Vaccination North-Western Provinces and Oudh 1896-1901 - 1896-1901
Year: 1896
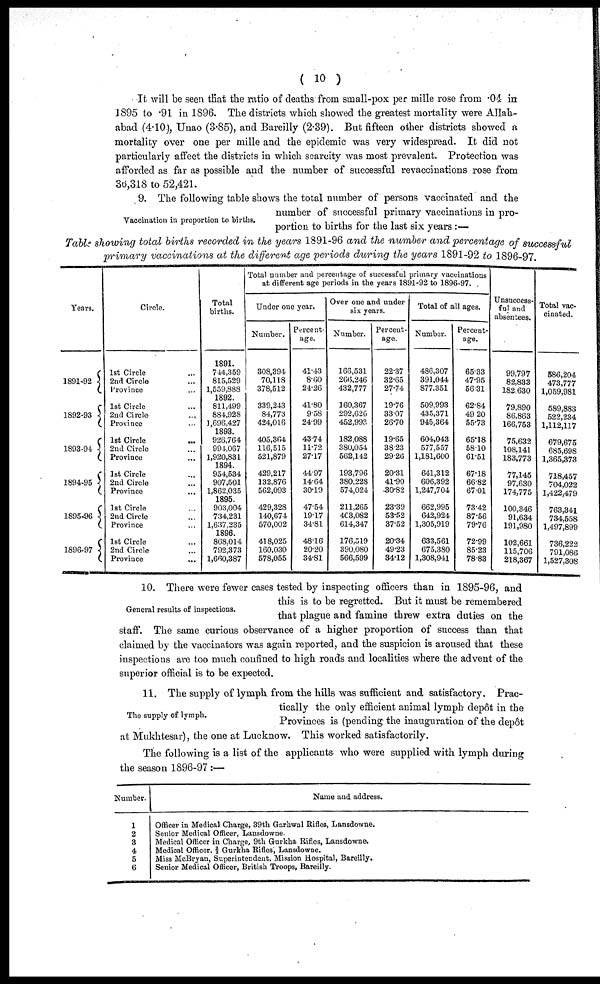
( 10 )
It will be seen that the ratio of deaths from small-pox per mille rose from .04 in
1895 to .91 in 1896. The districts which showed the greatest mortality were Allah-
abad (4.10), Unao (3.85), and Bareilly (2.39). But fifteen other districts showed a
mortality over one per mille and the epidemic was very widespread. It did not
particularly affect the districts in which scarcity was most prevalent. Protection was
afforded as far as possible and the number of successful revaccinations rose from
36, 318 to 52,421.
Vaccination in proportion to births.
9. The following table shows the total number of persons vaccinated and the
number of successful primary vaccinations in pro-
portion to births for the last six years :—
Table showing total births recorded in the years 1891-96 and the number and percentage of successful
primary vaccinations at the different age periods during the years 1891-92 to 1896-97
Years.
1891-92
1892-93
1893-94
1894-95
1895-96
1896-97
Circle.
1st Circle ...
2nd Circle ...
Province ...
1st Circle ...
2nd Circle ...
Province ...
1st Circle
...
2nd Circle ...
Province ...
1st Circle ...
2nd Circle ...
Province ...
1st Circle ...
2nd Circle ...
Province ...
1st Circle ...
2nd Circle ...
Province
...
Total
births.
1891.
744,359
815,529
1,559,888
1892.
811,499
884,928
1,696,427
1893.
926,764
994,067
1,920,831
1894.
954,534
907,501
1,862,035
1895.
903,004
734,231
1,637,235
1896.
868,014
792,373
1,660,387
Total number and percentage of successful primary vaccinations
at different age periods in the years 1891-92 to 1896-97.
Under one year.
Number.
308,394
70,118
378,512
339,243
84,773
424,016
405,364
116,515
521,879
429,217
132,876
562,093
429,328
140,674
570,002
418,025
160,030
578,055
Percent-
age.
41.43
8.60
24.26
41.80
9.58
24.99
43.74
11.72
27.17
44.97
14.64
30.19
47.54
19.17
34.81
48.16
20.20
34.81
Over one and under
six years.
Number.
166,531
266,246
432,777
160,367
292,626
452,993
182,088
380,054
562,142
193,796
380,228
574,024
211,265
403,082
614,347
176,519
390,080
566,599
Percent-
age.
22.37
32.65
27.74
19.76
33.07
26.70
19.65
38.23
29.26
20.31
41.90
30.82
23.39
53.52
37.52
20.34
49.23
34.12
Total of all ages.
Number.
486,307
391,044
877,351
509,993
435,371
945,364
604,043
577,557
1,181,600
641,312
606,392
1,247,704
662,995
642,924
1,305,919
633,561
675,380
1,308,941
Percent-
age.
65.33
47.95
56.31
62.84
49.20
55.73
65.18
58.10
61.51
67.18
66.82
67.01
73.42
87.56
79.76
72.99
85.23
78.83
Unsuccess-
ful and
absentees.
99,797
82,833
182,630
79,890
86,863
166,753
75,632
108,141
183,773
77,145
97,630
174,775
100,346
91,634
191,980
102,661
115,706
218,367
Total vac-
cinated.
586,204
473,777
1,059,981
589,883
522,234
1,112, 117
679,675
685,698
1,365,373
718,457
704,022
1,422,479
763,341
734,558
1,497,899
736,222
791,086
1,527,308
General results of inspections.
10. There were fewer cases tested by inspecting officers than in 1895-96, and
this is to be regretted. But it must be remembered
that plague and famine threw extra duties on the
staff. The same curious observance of a higher proportion of success than that
claimed by the vaccinators was again reported, and the suspicion is aroused that these
inspections are too much confined to high roads and localities where the advent of the
superior official is to be expected.
The supply of lymph.
11. The supply of lymph from the hills was sufficient and satisfactory. Prac-
tically the only efficient animal lymph depôt in the
Provinces is (pending the inauguration of the depôt
at Mukhtesar), the one at Lucknow. This worked satisfactorily.
The following is a list of the applicants who were supplied with lymph during
the season 1896-97 :—
Number.
1
2
3
4
5
6
Name and address.
Officer in Medical Charge, 39th Garhwal Rifles, Lansdowne.
Senior Medical Officer, Lansdowne.
Medical Officer in Charge, 9th Gurkha Rifles, Lansdowne.
Medical Officer,2/3 Gurkha Rifles, Lansdowne.
Miss McBryan, Superintendent, Mission Hospital, Bareilly.
Senior Medical Officer, British Troops, Bareilly.